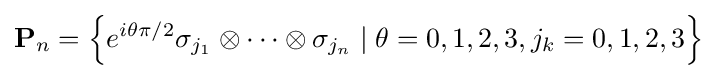
\mathbf {P} _{n}=\left\{e^{i\theta \pi /2}\sigma _{j_{1}}\otimes \cdots \otimes \sigma _{j_{n}}\mid \theta =0,1,2,3,j_{k}=0,1,2,3\right\}